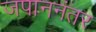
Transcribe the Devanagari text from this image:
जपाननंतर